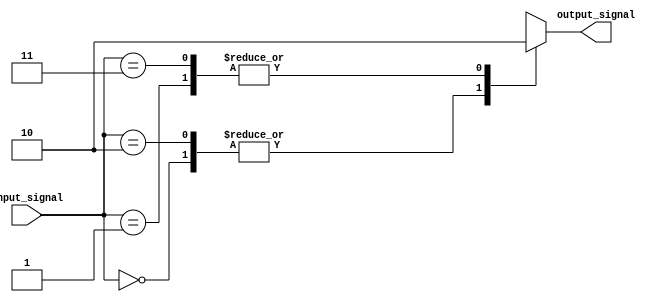
module simple_case(
    input [1:0] input_signal,
    output reg output_signal
);

always @*
begin
    case(input_signal)
        2'b00: output_signal = 1;  // if input_signal is 00, output_signal is 1
        2'b01: output_signal = 0;  // if input_signal is 01, output_signal is 0
        2'b10: output_signal = 1;  // if input_signal is 10, output_signal is 1
        2'b11: output_signal = 0;  // if input_signal is 11, output_signal is 0
        default: output_signal = 0;  // default case if none of the above cases match
    endcase
end

endmodule